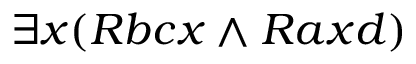
\exists x ( R b c x \land R a x d )